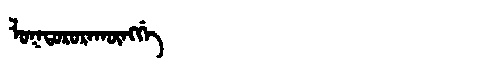
Manchu: ᠯᠣᡴᡨᠣᡵᠣᡵᠠᡴᡡᠩᡤᡝ
Romanization: LOKTORORAKŪNGGE